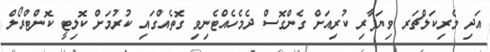
އަދި މެރިކަލްޗަރ ވިޔަފާރި ކުރިއަށް ގެންގޮސް ދެމެހެއްޓެނިވި ގޮތެއްގައި ކުރުމަށް ކޮލިޓީ ކޮންޓްރޯލް